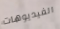
الفيديوهات